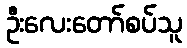
ဦးလေးတော်စပ်သူ